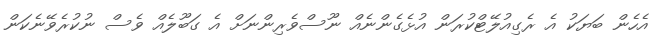
އެހެން ބަޔަކު އެ ރެގިއުލޭޓްކުރަން އުޅެގެންނެއް ނޫސްވެރިންނަށް އެ ގަބޫލެއް ވެސް ނުކުރެވޭނެކަން